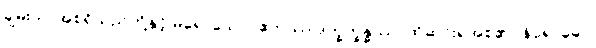
ချမ်းသာအစရှိသည်တို့နှင့် မရောသော။ ဧတဿ ဒုက္ခက္ခန္ဓဿ၊ ထိုဆင်းရဲအစု၏။ နိရောဓော၊